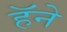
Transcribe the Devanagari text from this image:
हॅने